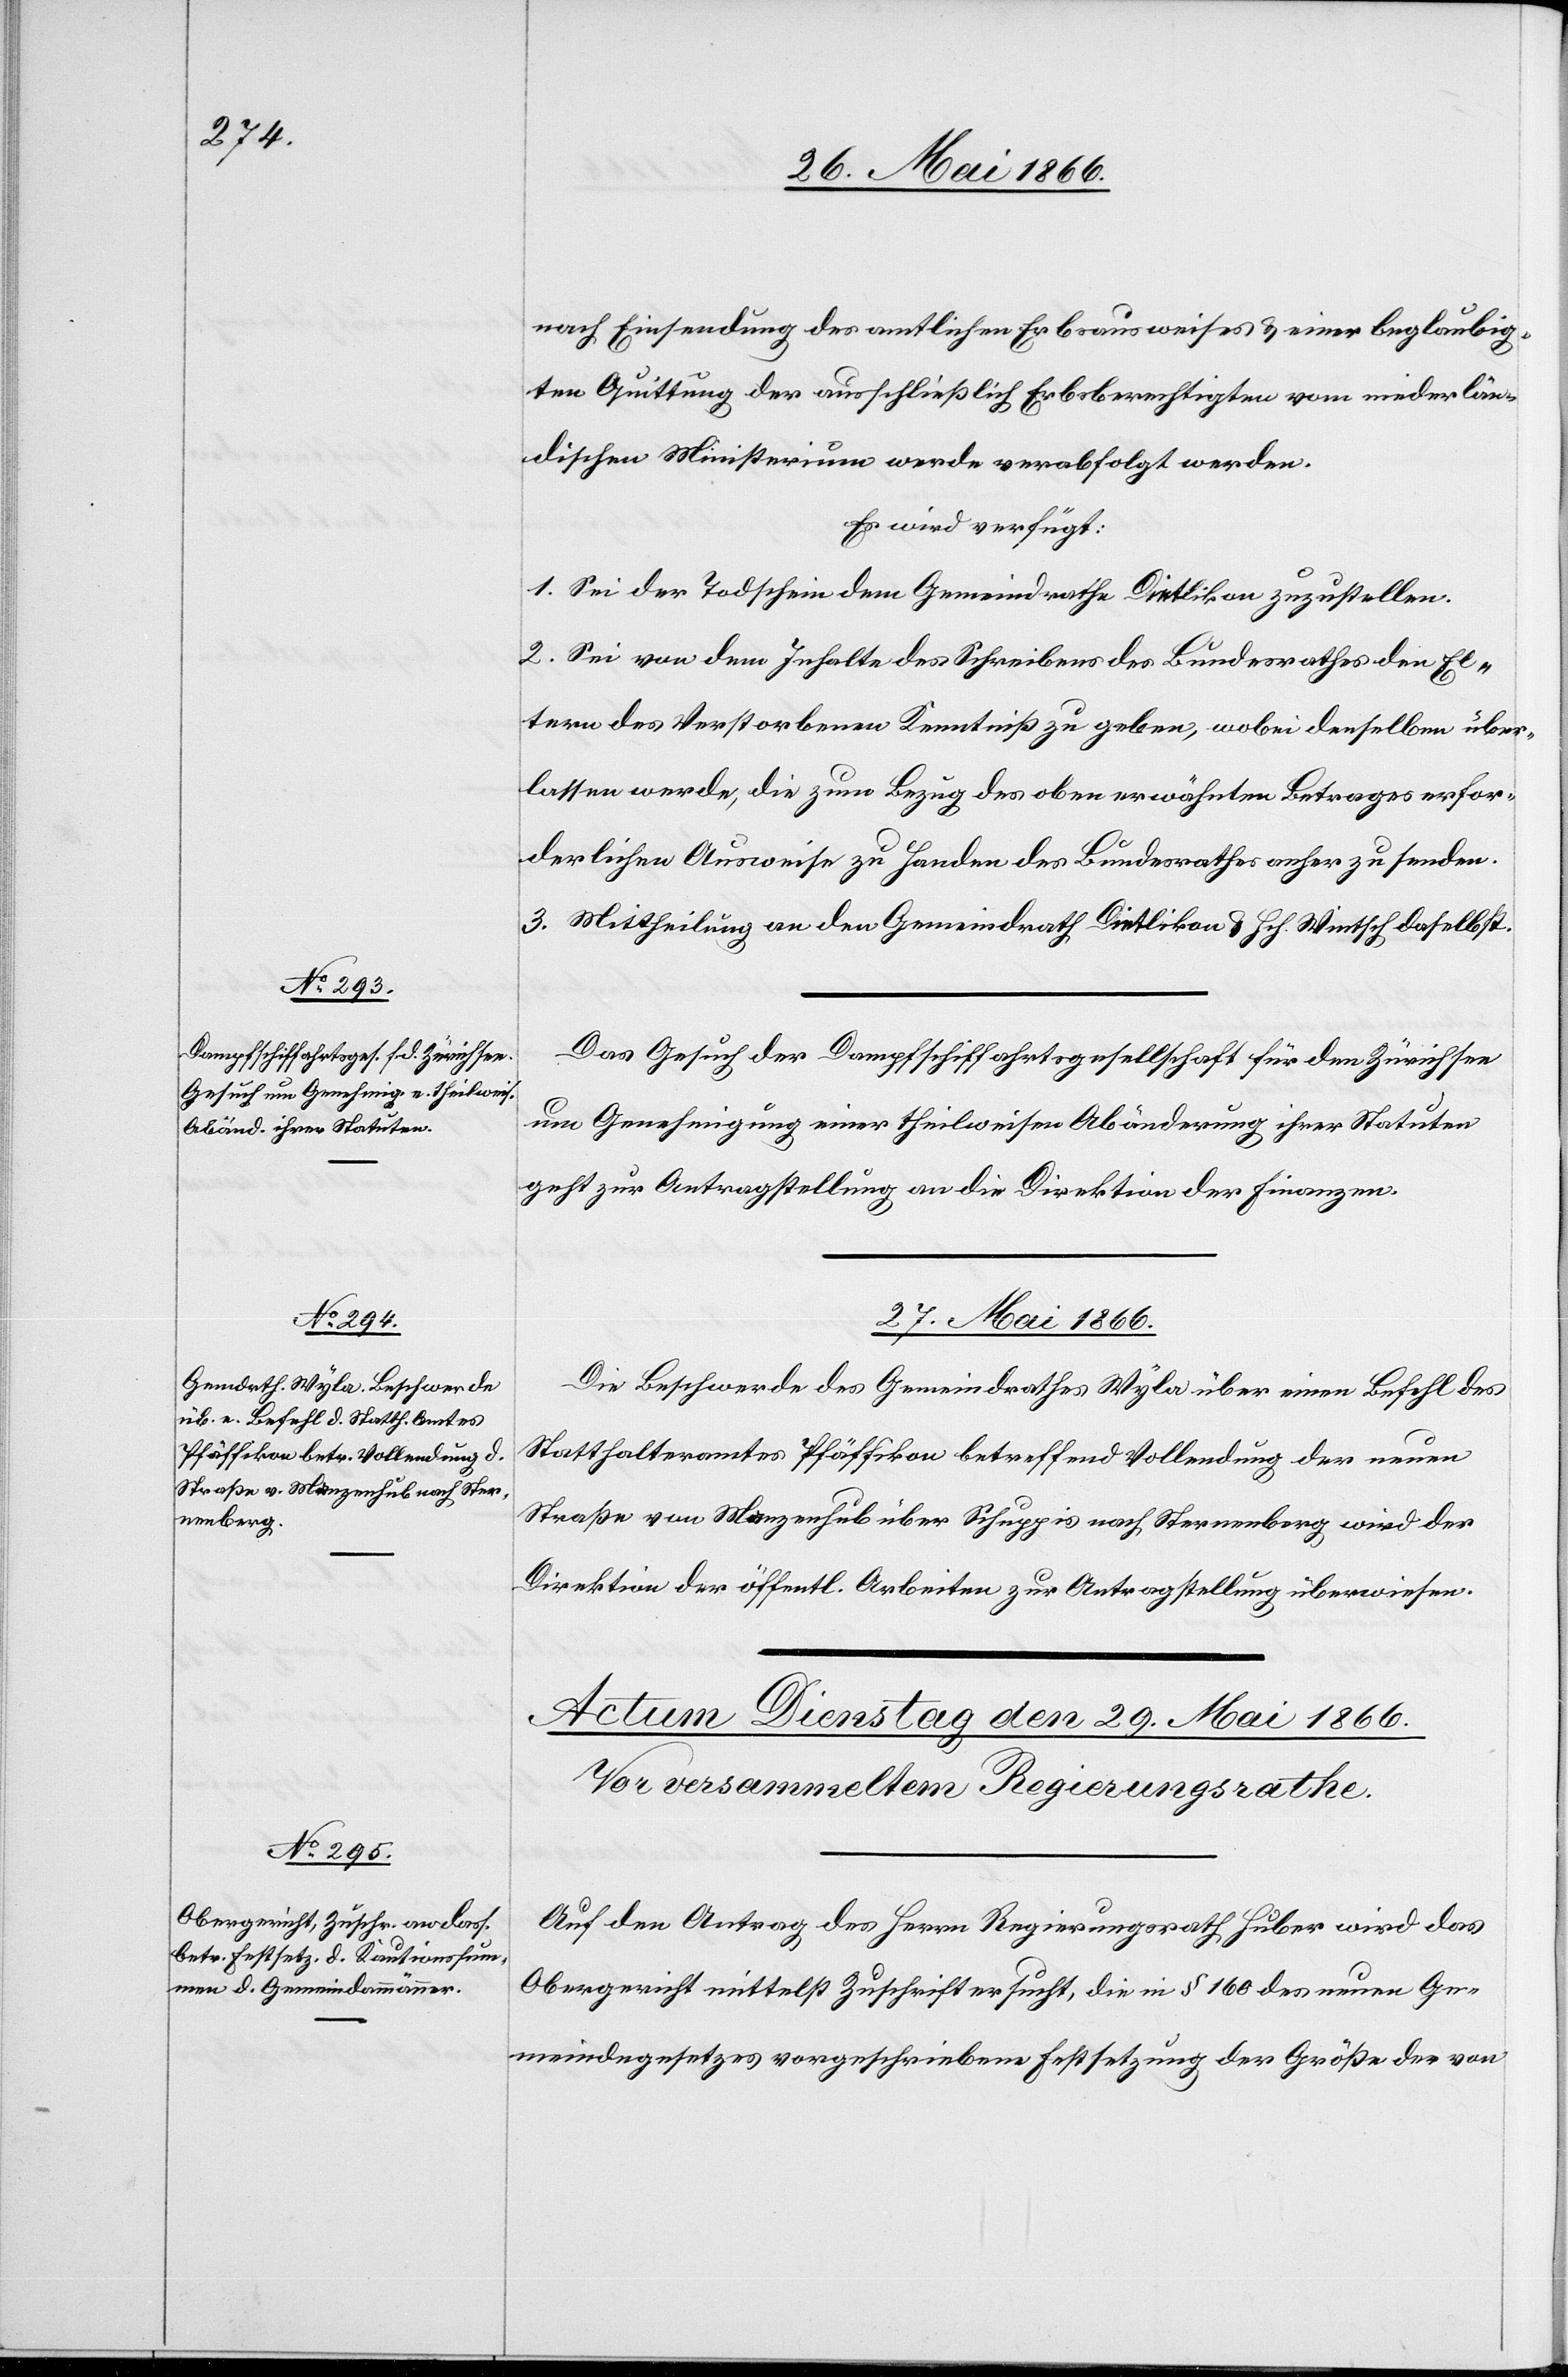
26. Mai 1866.]
nach Einsendung des amtlichen Erbsausweises u. einer beglaubig¬
ten Quittung der ausschließlich Erbsberechtigten vom niederlän¬
dischen Ministerium werde verabfolgt werden.
Es wird verfügt:
1. Sei der Todschein dem Gemeindrathe Dietlikon zuzustellen.
2. Sei von dem Inhalte des Schreibens des Bundesrathes den El¬
tern des Verstorbenen Kenntniß zu geben, wobei denselben über¬
lassen werde, die zum Bezug des oben erwähnten Betrages erfor¬
derlichen Ausweise zu Handen des Bundesrathes anher zu senden.
3. Mittheilung an den Gemeindrath Dietlikon u. Hch. Wintsch daselbst.
Das Gesuch der Dampfschiffahrtsgesellschaft für den Zürichsee
um Genehmigung einer theilweisen Abänderung ihrer Statuten
geht zur Antragstellung an die Direktion der Finanzen.
27. Mai 1866.
Die Beschwerde des Gemeindrathes Wyla über einen Befehl des
Statthalteramtes Pfäffikon betreffend Vollendung der neuen
Straße von Mängenhub über Schuppis nach Sternenberg wird der
Direktion der öffentl. Arbeiten zur Antragstellung überwiesen.
Auf den Antrag des Herrn Regierungsrath Huber wird das
Obergericht mittelst Zuschrift ersucht, die in § 160 des neuen Ge¬
meindegesetzes vorgeschriebene Festsetzung der Größe der von